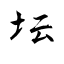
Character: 坛